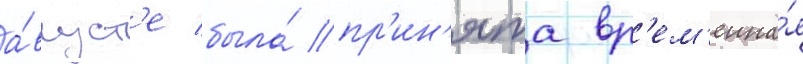
а́вгуст'е была́ пр'ин'ята вр'ем'енна́я